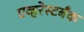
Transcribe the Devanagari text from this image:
एव्हरेस्टबँक